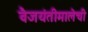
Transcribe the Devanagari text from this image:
वैजयंतीमालेची